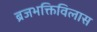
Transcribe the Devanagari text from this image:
ब्रजभक्तिविलास